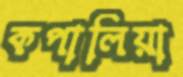
কপালিয়া